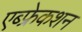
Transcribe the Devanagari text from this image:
एब्फ्रेकशन